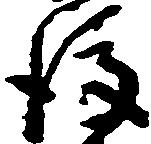
後